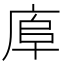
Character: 𢈹